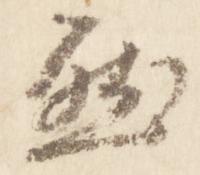
然